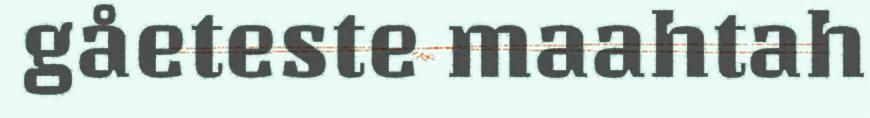
gåeteste maahtah